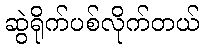
ဆွဲရိုက်ပစ်လိုက်တယ်